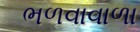
ભળવાવાળા